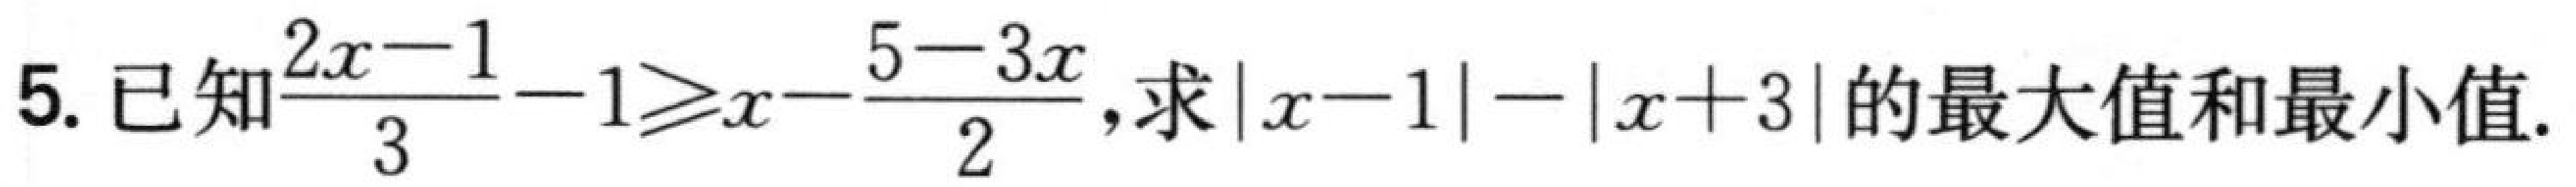
5. 已知$\frac{2x - 1}{3} - 1\geqslant x - \frac{5 - 3x}{2}$,求$|x - 1| - |x + 3|$的最大值和最小值.